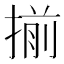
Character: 揃